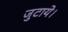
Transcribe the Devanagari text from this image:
जुटाये।